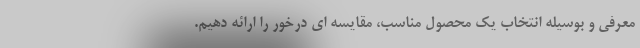
معرفی و بوسیله انتخاب یک محصول مناسب، مقایسه ای درخور را ارائه دهیم.